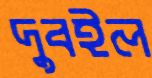
দুবইল